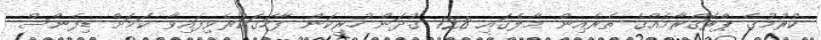
ކުރުމުގެ ޕްރޮގްރާމެއްގެ ތެރެއިން މާލެގައި 128 ގުދަން ހުރިކަން ފާހަގަކުރެވިފައިވާ ކަމަށް ޑިފެންސް